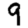
Digit: 9